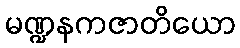
မဏ္ဍနကဇာတိယော